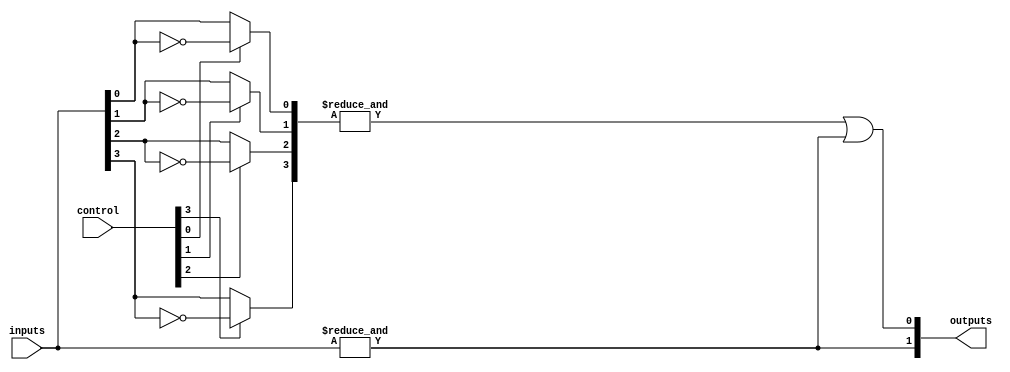
module SPAL (
    input wire [N-1:0] inputs,         // N input signals
    input wire [M-1:0] control,        // Control signals for programming AND gates
    output wire [P-1:0] outputs        // P output signals
);

parameter N = 4; // Number of inputs
parameter M = 4; // Number of AND gates
parameter P = 2; // Number of OR outputs

// Programmable AND array
wire [M-1:0] and_outputs; // Outputs from AND gates

generate
    genvar i, j;
    for (i = 0; i < M; i = i + 1) begin : and_array
        wire [N-1:0] and_inputs;
        // Generate inputs for each AND gate based on control signals
        for (j = 0; j < N; j = j + 1) begin : input_mux
            assign and_inputs[j] = control[i*N + j] ? ~inputs[j] : inputs[j];
        end
        assign and_outputs[i] = &and_inputs; // AND operation
    end
endgenerate

// Fixed OR array
wire [P-1:0] or_outputs; // Outputs from OR gates
assign or_outputs[0] = and_outputs[0] | and_outputs[1]; // OR gate 1
assign or_outputs[1] = and_outputs[2] | and_outputs[3]; // OR gate 2

// Assign final outputs
assign outputs = or_outputs;

endmodule